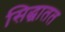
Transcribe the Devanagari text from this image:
सिद्धातत